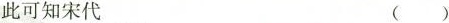
此可知宋代 ()